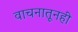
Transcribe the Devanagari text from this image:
वाचनातूनही